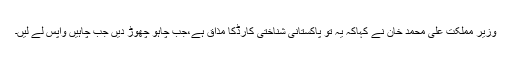
وزیر مملکت علی محمد خان نے کہاکہ یہ تو پاکستانی شناختی کارڈکا مذاق ہے،جب چاہو چھوڑ دیں جب چاہیں واپس لے لیں۔